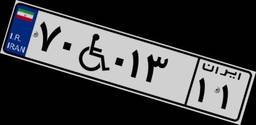
۷۰W۰۱۳۱۱